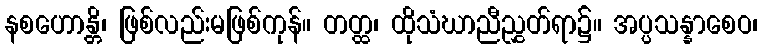
နစဟောန္တိ၊ ဖြစ်လည်းမဖြစ်ကုန်။ တတ္ထ၊ ထိုသံဃာညီညွှတ်ရာ၌။ အပ္ပသန္နာစေဝ၊